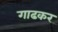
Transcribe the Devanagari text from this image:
गाढकर